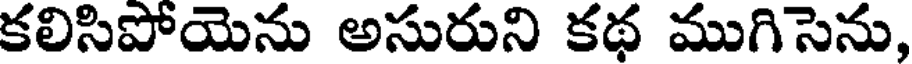
కలిసిపోయెను అసురుని కథ ముగిసెను,